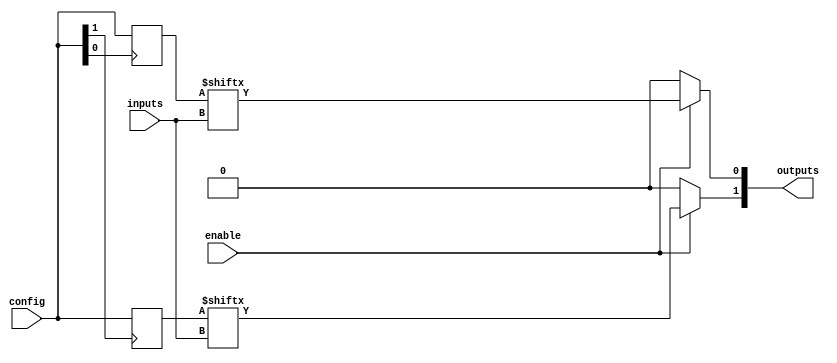
module CLB (
    input wire [N-1:0] inputs,           // N inputs to the CLB
    input wire [M-1:0] config,           // Configuration inputs for LUTs
    input wire enable,                    // Enable signal for the CLB
    output reg [P-1:0] outputs           // P outputs from the CLB
);
    parameter N = 4;                     // Number of inputs
    parameter M = 16;                    // Number of configuration bits for LUT
    parameter P = 2;                     // Number of outputs

    // Internal LUTs (Example: 2 LUTs)
    reg [M-1:0] lut [0:1];               // LUTs for logic functions

    // Initialize LUTs with some example functions
    initial begin
        lut[0] = 16'b0000000000000000;   // Example: LUT0 (can be configured)
        lut[1] = 16'b1111111111111111;   // Example: LUT1 (can be configured)
    end

    // Output generation logic based on inputs and configuration
    always @(*) begin
        if (enable) begin
            outputs[0] = lut[0][inputs[3:0]]; // Output from LUT0
            outputs[1] = lut[1][inputs[3:0]]; // Output from LUT1
        end else begin
            outputs = 0;                     // Disable outputs if not enabled
        end
    end

    // Configuration logic to load LUTs (for example purpose)
    always @(posedge config[0]) begin
        lut[0] <= config[M-1:0]; // Load configuration into LUT0
    end

    always @(posedge config[1]) begin
        lut[1] <= config[M-1:0]; // Load configuration into LUT1
    end

endmodule